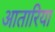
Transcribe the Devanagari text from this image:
आतारिया